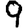
Digit: 9